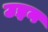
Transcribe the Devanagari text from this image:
उइन